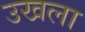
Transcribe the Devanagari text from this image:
उखला